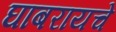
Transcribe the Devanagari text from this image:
घाबरायचे